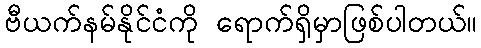
ဗီယက်နမ်နိုင်ငံကို ရောက်ရှိမှာဖြစ်ပါတယ်။